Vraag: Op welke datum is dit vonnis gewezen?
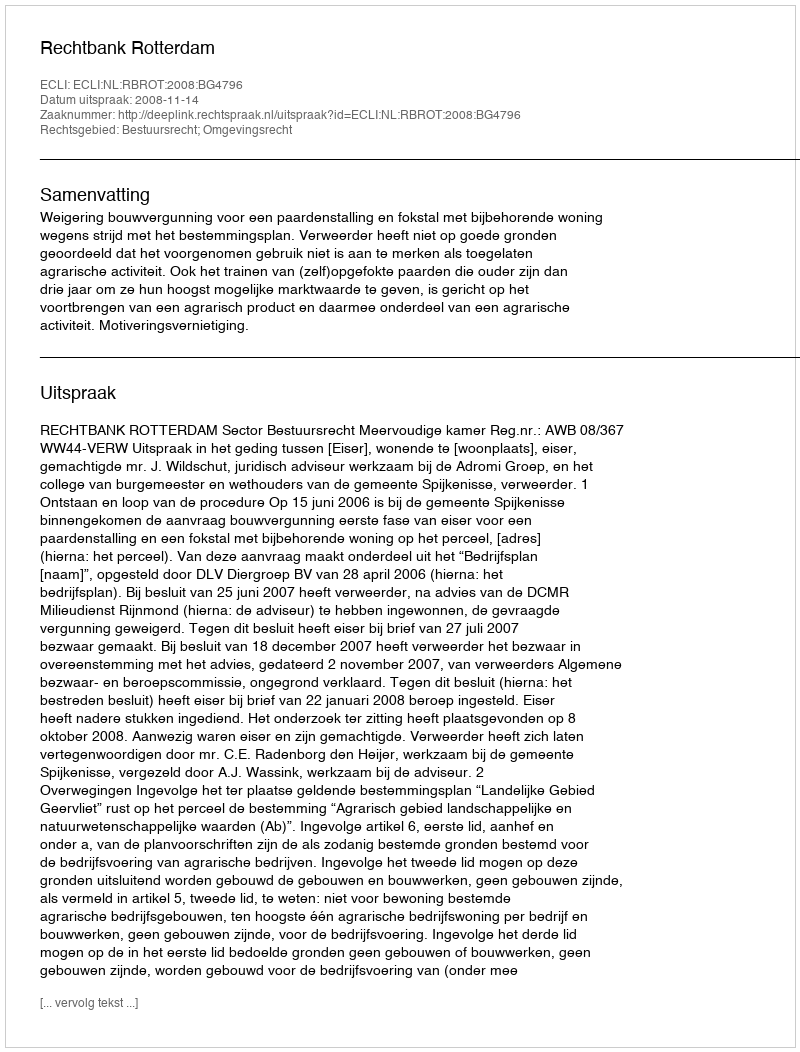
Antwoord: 2008-11-14